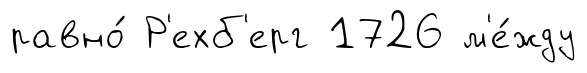
равно́ Р'ехб'ерг 1726 м'е́жду